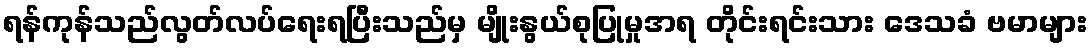
ရန်ကုန်သည်လွတ်လပ်ရေးရပြီးသည်မှ မျိုးနွယ်စုပြုမှုအရ တိုင်းရင်းသား ဒေသခံ ဗမာများ